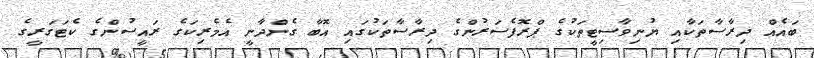
ބައެއް ދިރާސާތަކާއި ޔުނިވާސިޓީތަކުގެ ޕްރޮފެސަރުންގެ ދިރާސާތަކުގައި އޮބާ ގެންދާނީ އެމެރިކަގެ ރައީސުންގެ ކެޓަގަރީގެ